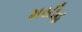
મસીહ